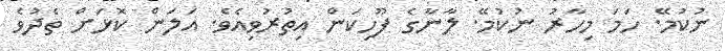
ނުކުމޭ. ހަމަ މިހާރު ނުކުމޭ. ލާނާގެ ފޫހިކަން އިތުރުވިއެވެ. އަލަން ކޮޅަށް ތެދުވެ